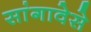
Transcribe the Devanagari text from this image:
सांगावेसे